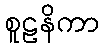
စူဠနိကာ